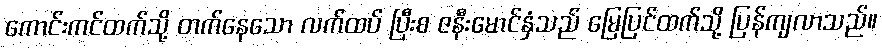
ကောင်းကင်ထက်သို့ တက်နေသော လက်ထပ် ပြီးစ ဇနီးမောင်နှံသည် မြေပြင်ထက်သို့ ပြန်ကျလာသည်။